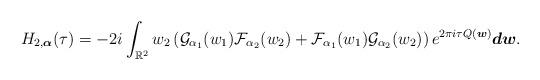
LaTeX: \begin{align*}H_{2,\boldsymbol{\alpha}}(\tau)=-2i\int_{\mathbb R^2}w_2\left(\mathcal G_{\alpha_1}(w_1)\mathcal F_{\alpha_2}(w_2)+\mathcal F_{\alpha_1}(w_1)\mathcal G_{\alpha_2}(w_2)\right) e^{2\pi i\tau Q(\boldsymbol{w})}\boldsymbol{dw}.\end{align*}